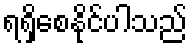
ရရှိစေနိုင်ပါသည်